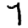
Digit: 7